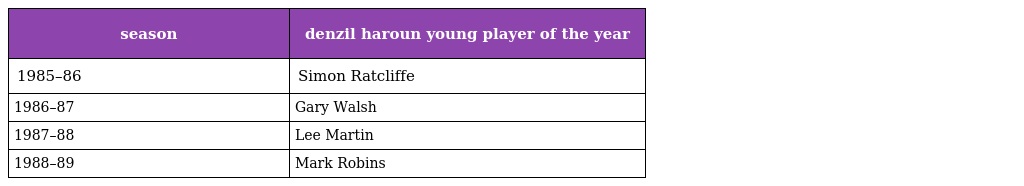
| season | denzil haroun young player of the year |
 | --- | --- |
 | 1985–86 | Simon Ratcliffe |
 | 1986–87 | Gary Walsh |
 | 1987–88 | Lee Martin |
 | 1988–89 | Mark Robins |